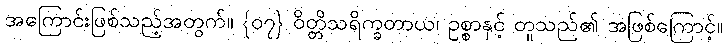
အကြောင်းဖြစ်သည့်အတွက်။ {၀၇} ဝိတ္တိသရိက္ခတာယ၊ ဥစ္စာနှင့် တူသည်၏ အဖြစ်ကြောင့်။